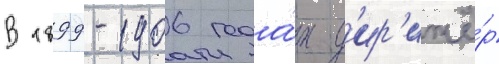
В 1899-1906 года́х д'ир'ижё́р